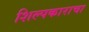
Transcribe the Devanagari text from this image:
शिल्पकाराचा